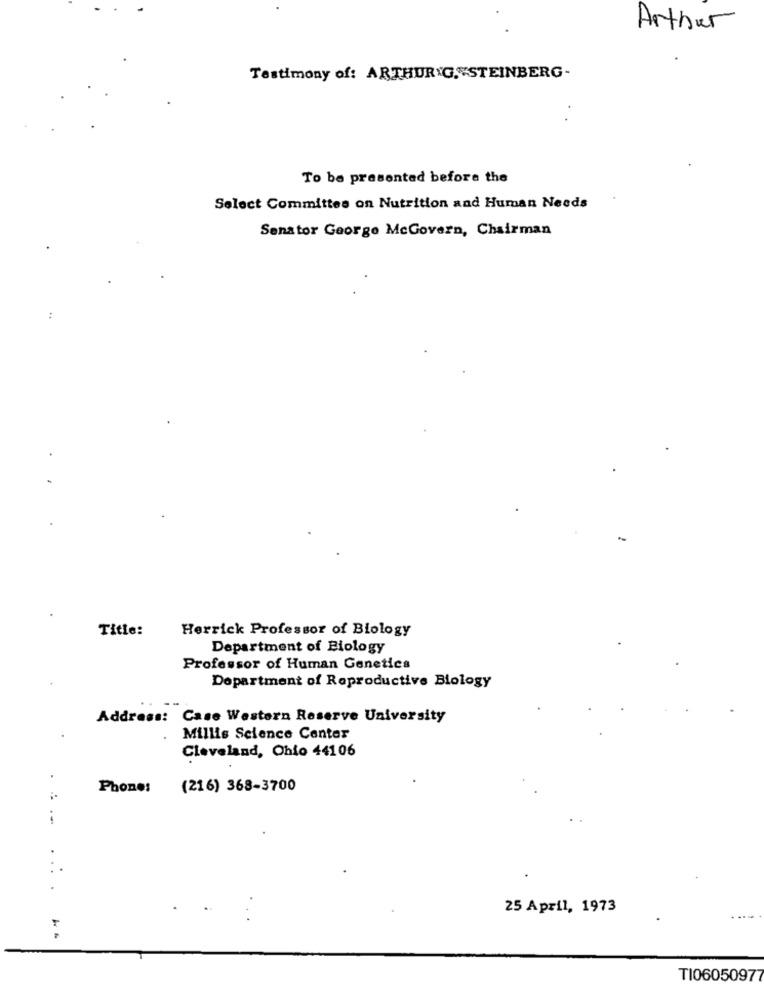
Arthur
Testimony of: ARTHUR G. STEINBERG-
To be presented before the
Select Committee on Nutrition and Human Needs
Senator George McGovern, Chairman
:
Title:
Herrick Professor of Biology
Department of Biology
Professor of Human Genetics
Department of Reproductive Biology
Address: Case Western Reserve University
Millis Science Center
Cleveland, Ohio 44106
.
Phones
(216) 368-3700
.-
25 April, 1973
TI06050977